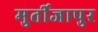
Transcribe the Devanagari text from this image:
मुर्तीजापुर